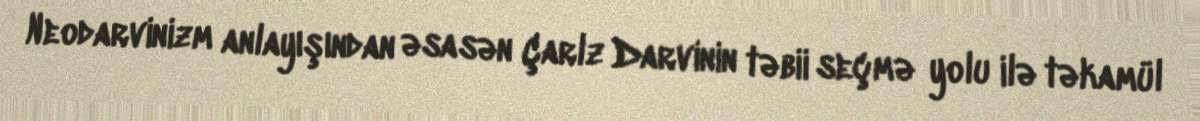
Neodarvinizm anlayışından əsasən Çarlz Darvinin təbii seçmə yolu ilə təkamül